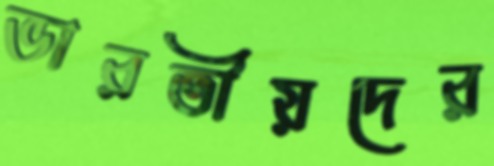
ভারতীয়দের